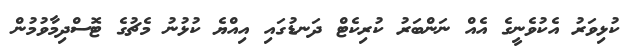
ކުޅިވަރު އެކުވެނީގެ އެއް ނަންބަރު ކުރިކެޓް ދަނޑުގައި އިއްޔެ ކުޅުނު މެޗުގެ ޓޮސްދިމާވުމުން